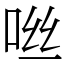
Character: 咝